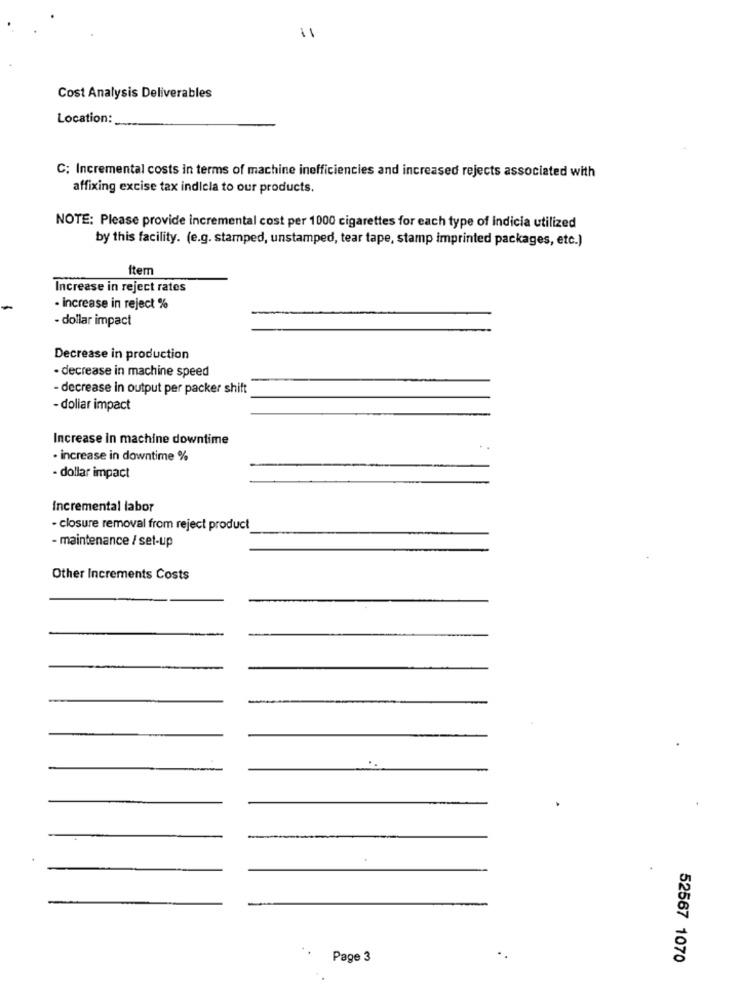
11
Cost Analysis Deliverables
Location:
C; Incremental costs in terms of machine inefficiencies and increased rejects associated with
affixing excise tax indicla to our products.
NOTE: Please provide incremental cost per 1000 cigarettes for each type of indicia utilized
by this facility. (e.g. stamped, unstamped, tear tape, stamp imprinted packages, etc.)
Item
Increase in reject rates
- increase in reject %
- dollar impact
Decrease in production
· decrease in machine speed
- decrease in output per packer shift
- dollar impact
Increase in machine downtime
· increase in downtime %
- dollar impact
Incremental labor
· closure removal from reject product
- maintenance / set-up
Other Increments Costs
Page 3
52567 1070